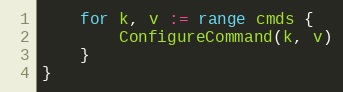
Language: Go
	for k, v := range cmds {
		ConfigureCommand(k, v)
	}
}